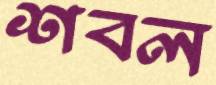
শবল